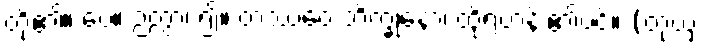
တို့၏။ ပေ။ ဉတွာ၊ ၍။ တဿေဝ ဘိက္ခုနော၊ ထိုရဟန်း၏ပင်။ (တုယှံ